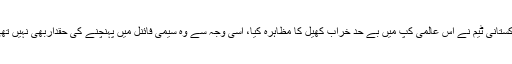
پاکستانی ٹیم نے اس عالمی کپ میں بے حد خراب کھیل کا مظاہرہ کیا، اسی وجہ سے وہ سیمی فائنل میں پہنچنے کی حقداربھی نہیں تھی۔